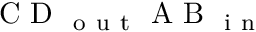
\mathrm { ~ C ~ D ~ } _ { \mathrm { ~ o ~ u ~ t ~ } } \mathrm { ~ A ~ B ~ } _ { \mathrm { ~ i ~ n ~ } }